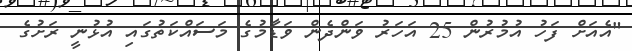
"އެއަށް ފަހު އުމުރުން 25 އަހަރު ވަންދެން ވަޑާމުގެ މަސައްކަތުގައި އުޅުނީ ރަށުގެ